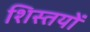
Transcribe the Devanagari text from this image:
शिस्तयों